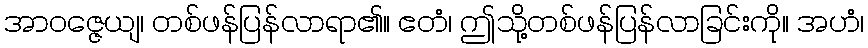
အာဝဇ္ဇေယျ၊ တစ်ဖန်ပြန်လာရာ၏။ ဧတံ၊ ဤသို့တစ်ဖန်ပြန်လာခြင်းကို။ အဟံ၊